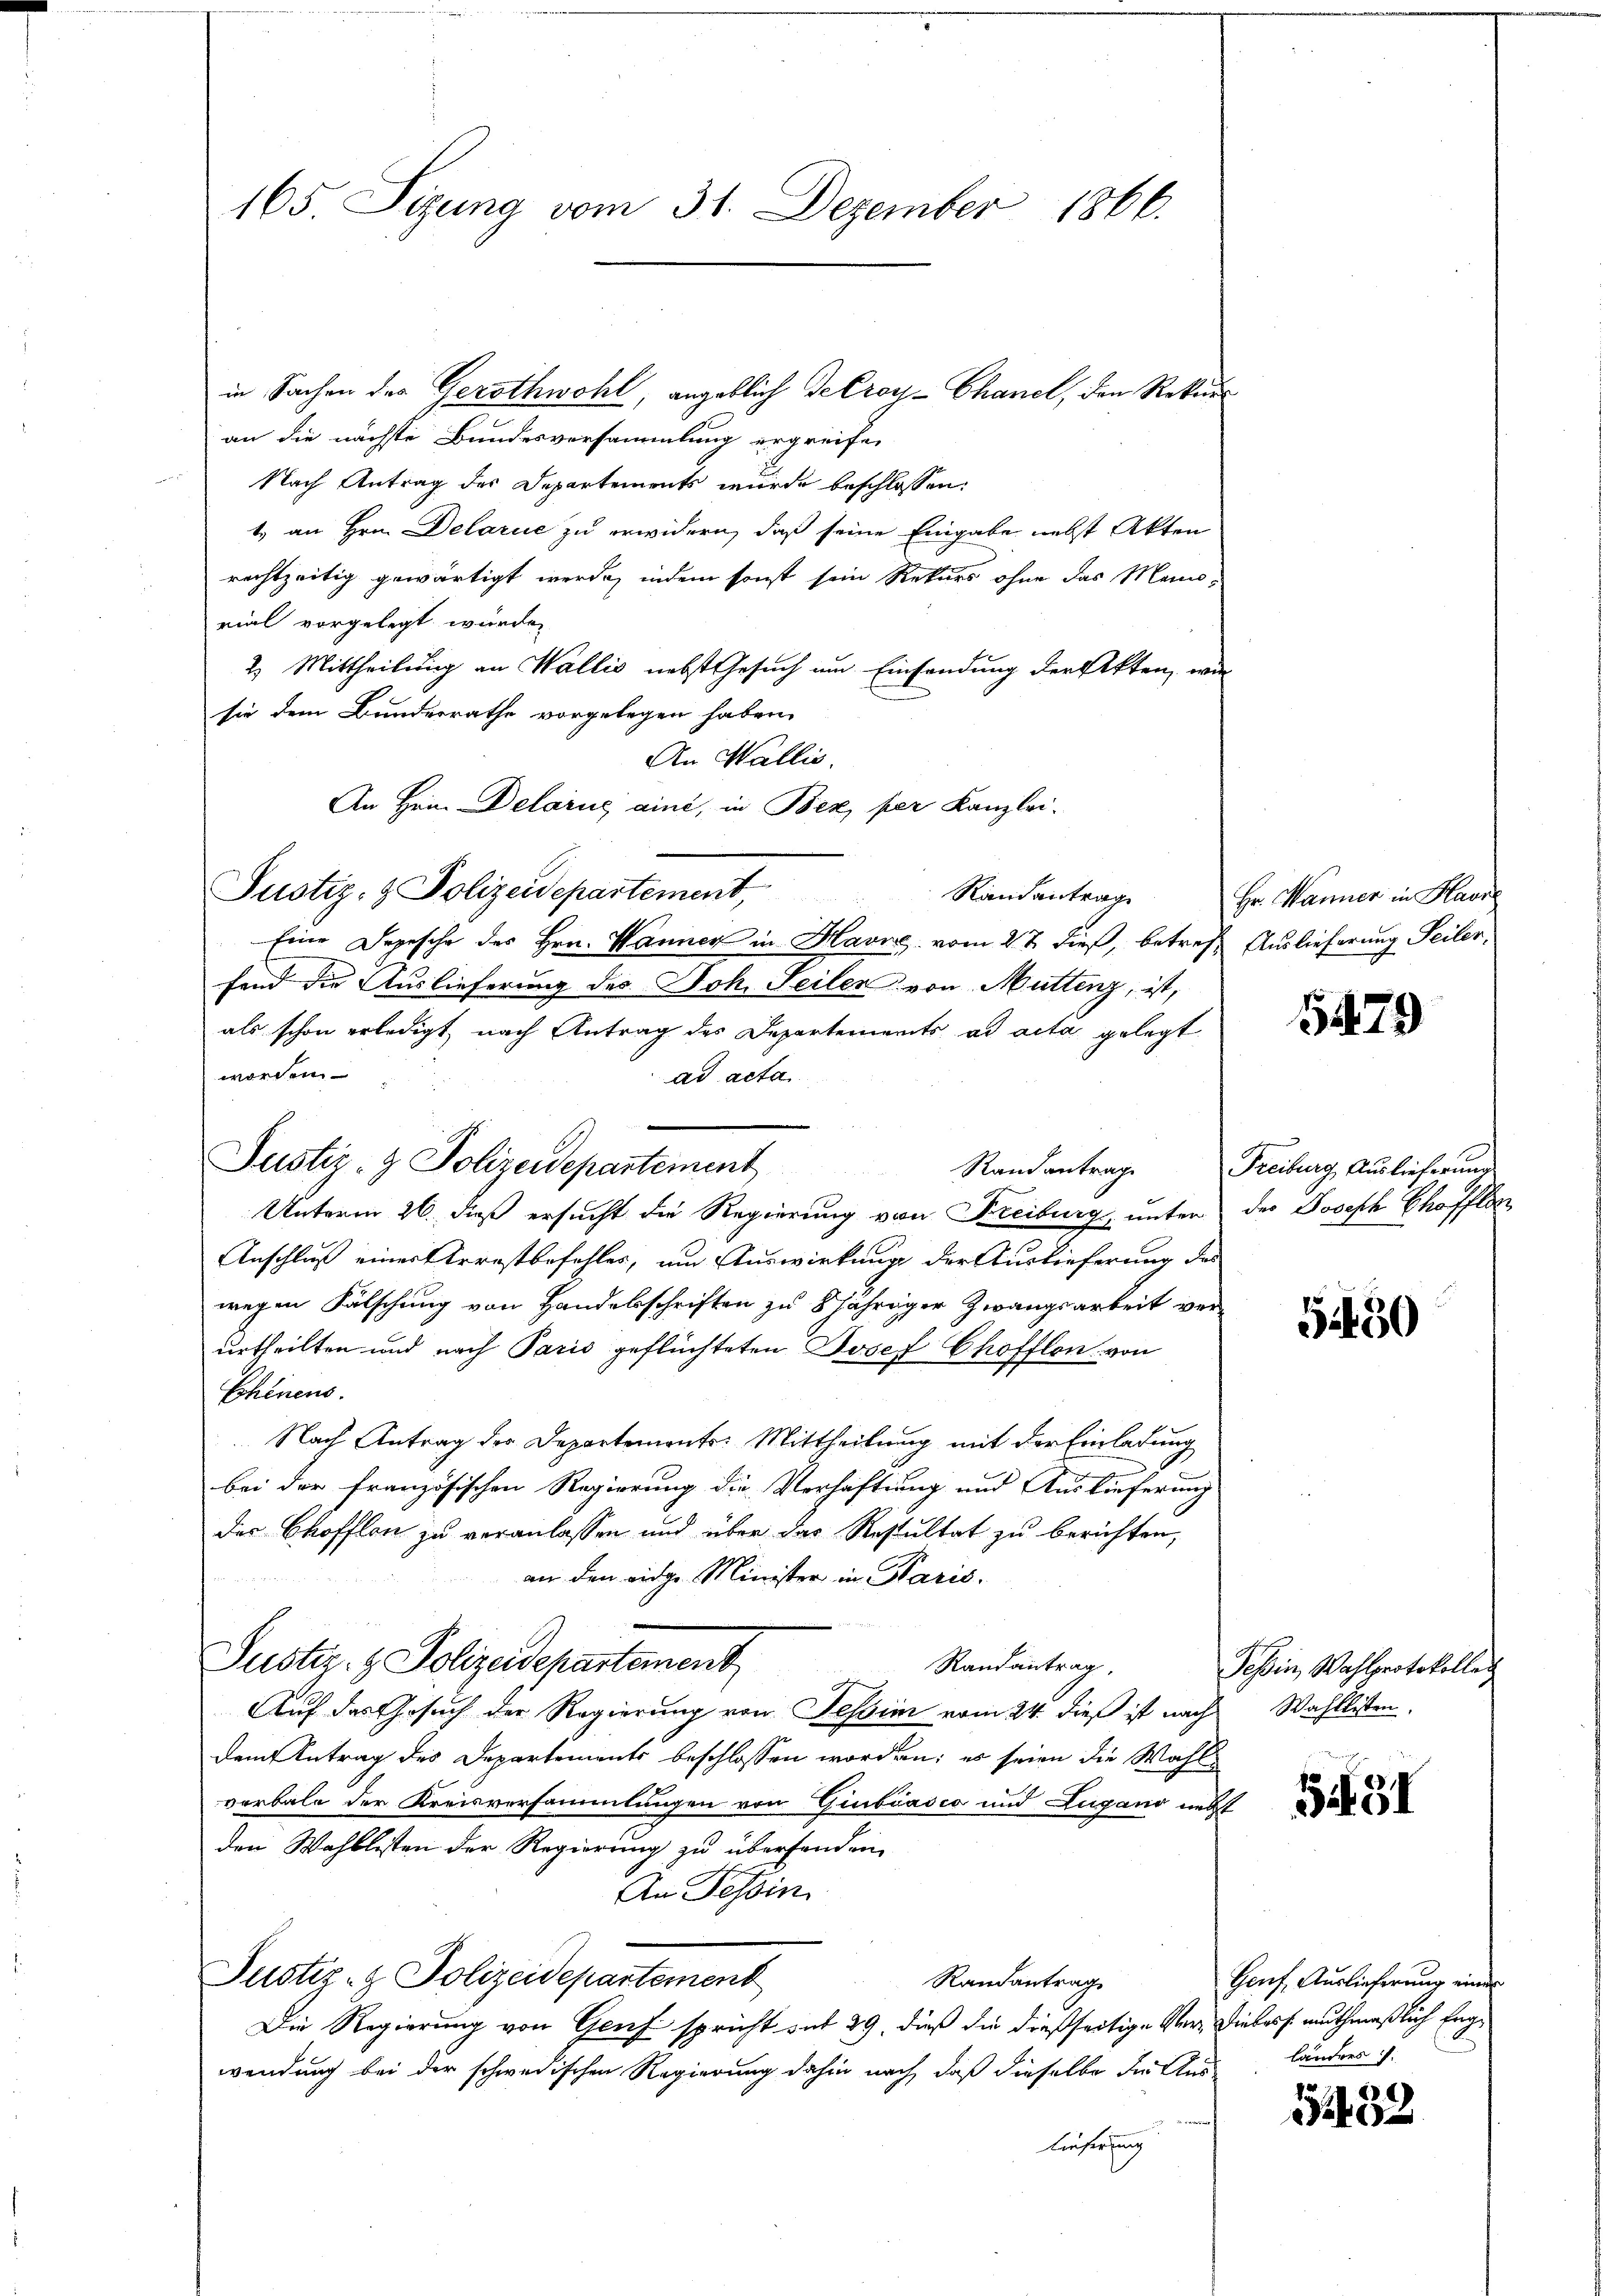
165. Sizung vom 31. Dezember 1866.

in Sachen des Gerothwohl, angeblich Gelroy-Chancl, den Rekurs
an die nächste Bundesversammlung ergreifen
Nach Antrag der Departements wurde beschlossen:
1. an Hrn. Delarie zu erwidern, daß seine Eingabe nebst Akten
rechtzeitig gewärtigt werde, indem sonst sein Rekurs ohne das Mannrial vorgelegt würde.
2. Mittheilung an Wallis nebst Gesuch um Einsendung der Akten, wie
sie dem Bundesrathe vorgelegen haben.
An Wallis.
An Hein Delarus aine, in Bex, per Kanzlei-
Justiz- & Polizeidepartement,
Randantrage
Eine Depesche des Hrn. Wanner in Havn vom 27 dieß, betreff Auslieferung Seiler,
fend die Auslieferung des Joh. Seilen von Muttenz, ist,
als schon erledigt, nach Antrag des Departements ad acta gelegt
worden.
ad acta
Justiz- & Polizeidepartement
Randantrag
Unterm 26. dieß ersucht die Regierung von Freiburg, unter der Joseph Chofften
Anschluß einer Arrestbefehles, um Auswirkung der Auslieferung des
wegen Fälschung von Handelsschriften zu 8jähriger Zwangsarbeit verurtheilten und nach Paris geflüchteten Josef Chofflon von
Chenens.
Nach Antrag der Departements-Mittheilung mit der Einladung
bei der französischen Regierung die Verhaftung und Auslieferung
der Chofflon zu veranlassen und über das Resultat zu berichten,
an den eidge Minister in Paris.
Justiz- & Polizeidepartement,
Randantrag,
Auf das Gesuch der Regierung von Tessin vom 24. dieß ist nach
dem Antrag des Departements beschlossen worden; es seien die Wahlverbale der Kreisversammlungen von Giubiasco und Zugano necht
den Wahllisten der Regierung zu überhanden
An Tessin
Justiz- & Polizeidepartement
Randantrag
Die Regierung von Genf spricht mit 29, dieß die dießseitige Ver- Diebes muthmaßlich Engwendung bei der schwedischen Regierung dahin nach, daß dieselbe hieltes
lieferung

Hr. Wanner in Havr

5479

Freiburg, Auslieferung

5450

Tessin, Wahlprotokolleg
Wahllisten.

531

Genf, Auslieferung einer
länders .

51432